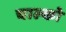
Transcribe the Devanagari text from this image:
चाल्को